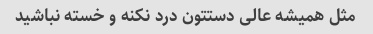
مثل همیشه عالی دستتون درد نکنه و خسته نباشید